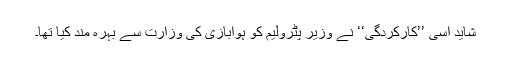
شاید اسی ’’کارکردگی‘‘ نے وزیر ِپٹرولیم کو ہوابازی کی وزارت سے بہرہ مند کیا تھا۔